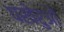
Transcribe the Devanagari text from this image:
पखेरुओं